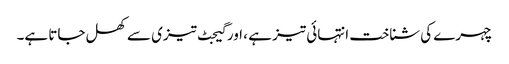
چہرے کی شناخت انتہائی تیز ہے ، اور گیجٹ تیزی سے کھل جاتا ہے۔